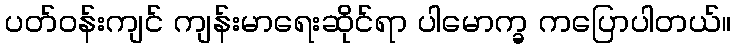
ပတ်ဝန်းကျင် ကျန်းမာရေးဆိုင်ရာ ပါမောက္ခ ကပြောပါတယ်။